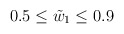
\begin{align*}0.5 \le \tilde{w}_1 \le 0.9 \end{align*}